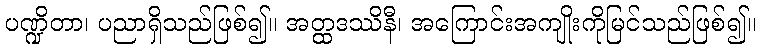
ပဏ္ဍိတာ၊ ပညာရှိသည်ဖြစ်၍။ အတ္ထဒဿိနီ၊ အကြောင်းအကျိုးကိုမြင်သည်ဖြစ်၍။